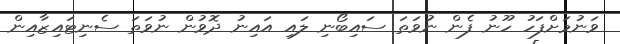
ވަނުމަށްފަހު ހޫނު ފެން ނުވަތަ ސައިބޯނި ލައި އައިނު ދޮވުން ނުވަތަ ސެނިޓައިޒާއިން